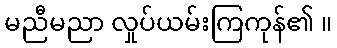
မညီမညာ လှုပ်ယမ်းကြကုန်၏ ။